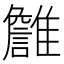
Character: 𩁏